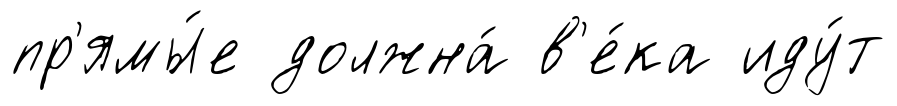
пр'ямы́е должна́ в'е́ка иду́т